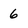
Character: 6